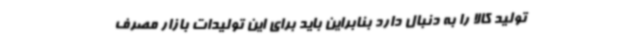
تولید کالا را به دنبال دارد بنابراین باید برای این تولیدات بازار مصرف